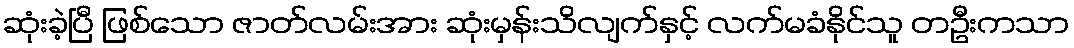
ဆုံးခဲ့ပြီ ဖြစ်သော ဇာတ်လမ်းအား ဆုံးမှန်းသိလျက်နှင့် လက်မခံနိုင်သူ တဦးကသာ